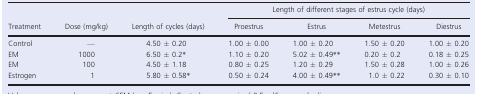
| <ROWSPAN=2> Treatment | <ROWSPAN=2> Dose (mg/kg) | <ROWSPAN=2> Length of cycles (days) | <COLSPAN=4> Length of different stages of estrus cycle (days) |
 | Proestrus | Estrus | Metestrus | Diestrus |
 | --- | --- | --- | --- | --- | --- | --- |
 | Control | — | 4.50 ± 0.20 | 1.00 ± 0.00 | 1.00 ± 0.20 | 1.50 ± 0.20 | 1.00 ± 0.20 |
 | EM | 1000 | 6.50 ± 0.2* | 1.10 ± 0.20 | 5.02 ± 0.49** | 0.20 ± 0.2 | 0.18 ± 0.25 |
 | EM | 100 | 4.50 ± 1.18 | 0.80 ± 0.25 | 1.20 ± 0.29 | 1.50 ± 0.28 | 1.00 ± 0.26 |
 | Estrogen | 1 | 5.80 ± 0.58* | 0.50 ± 0.24 | 4.00 ± 0.49** | 1.0 ± 0.22 | 0.30 ± 0.10 |